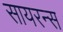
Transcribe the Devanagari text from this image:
सायरन्स